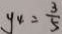
y _ { 4 } = \frac { 3 } { 5 }